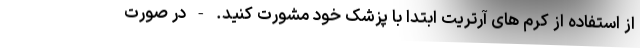
از استفاده از کرم های آرتریت ابتدا با پزشک خود مشورت کنید. - در صورت